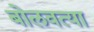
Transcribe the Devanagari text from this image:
बोलवत्या